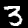
Label: 3